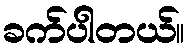
ခက်ပါတယ်။